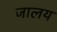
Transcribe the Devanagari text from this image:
जालय